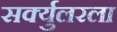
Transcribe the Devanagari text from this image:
सर्क्युलरला